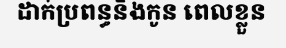
ដាក់ប្រពន្ធនិងកូន ពេលខ្លួន